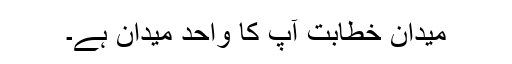
میدان خطابت آپ کا واحد میدان ہے۔